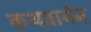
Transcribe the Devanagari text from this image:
कथवार्यन